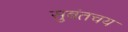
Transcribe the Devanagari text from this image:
सुबंतचय